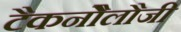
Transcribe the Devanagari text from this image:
टैकनौेलौजी